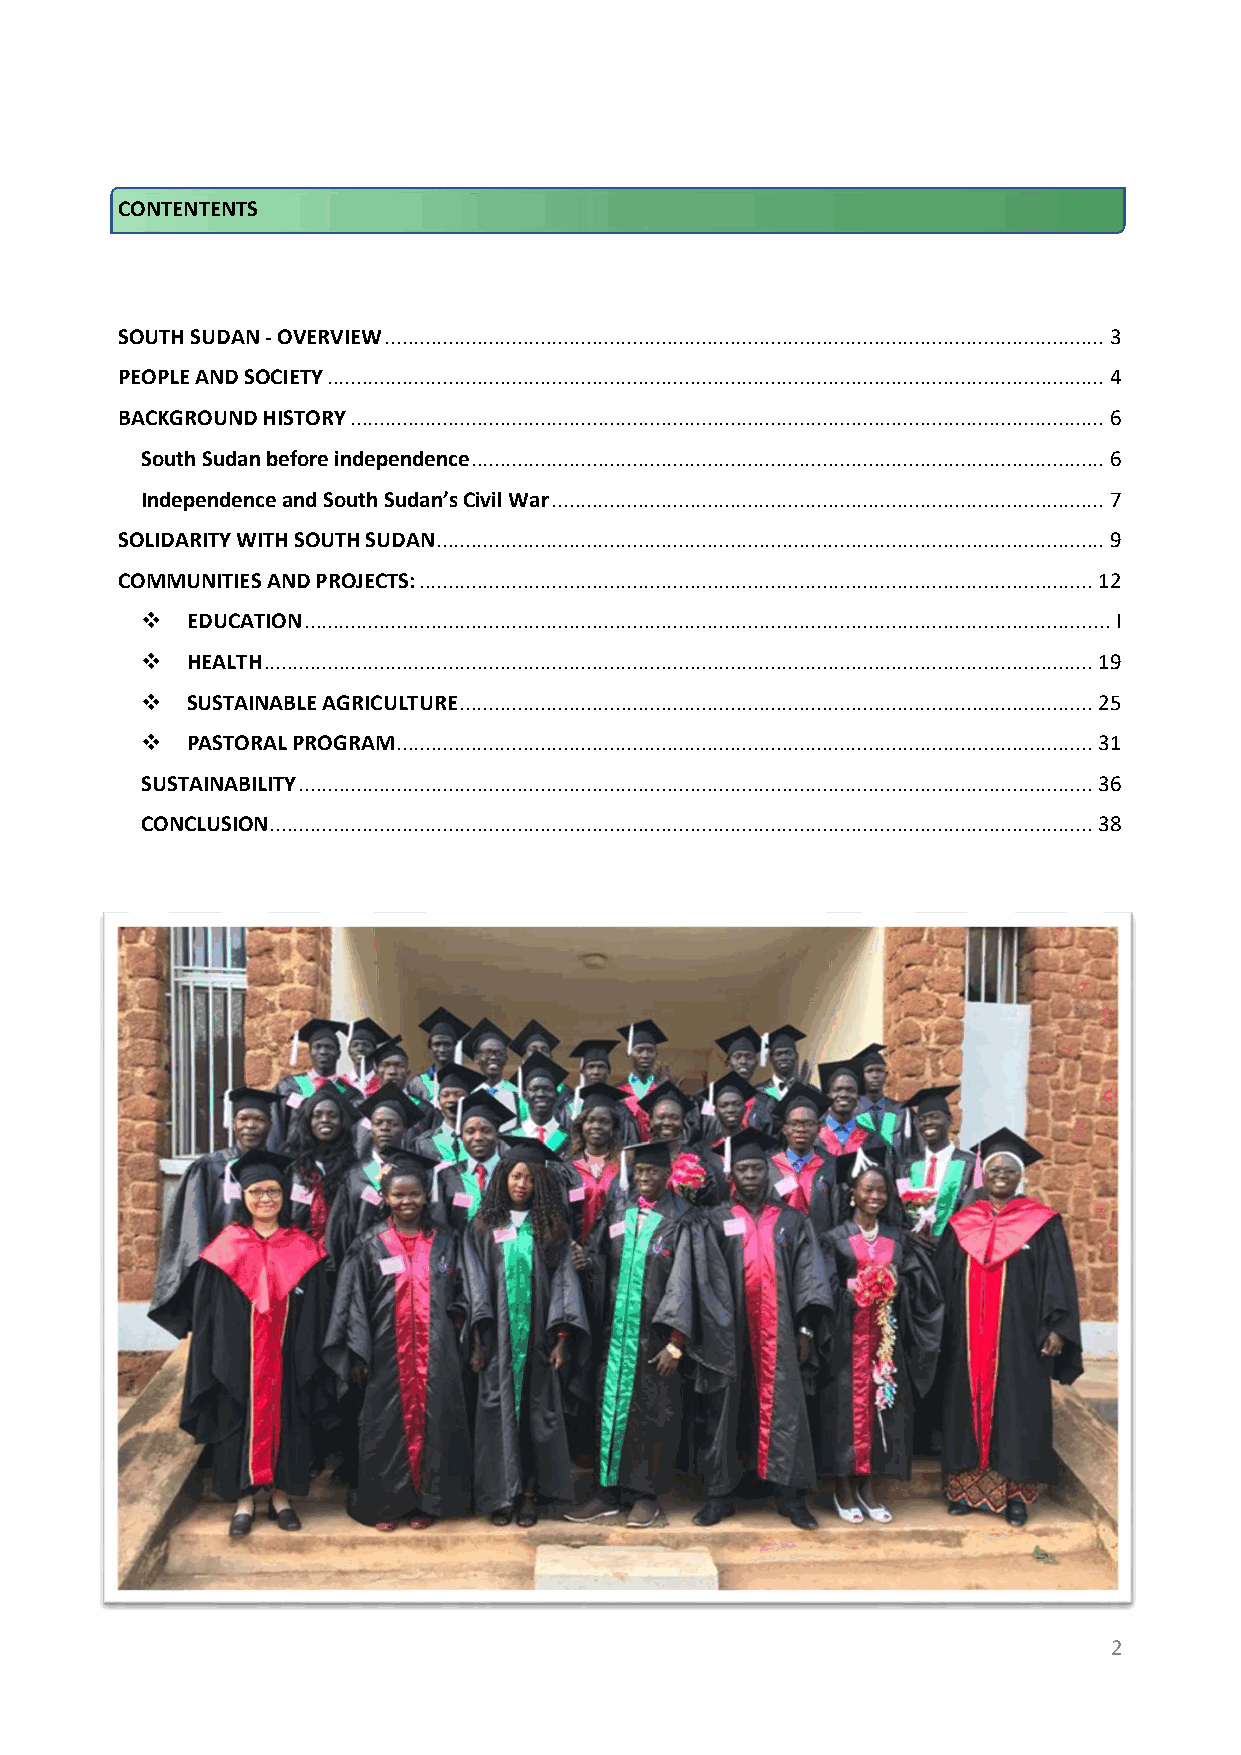
CONTENTENTS
 SOUTH SUDAN - OVERVIEW ............................................................................................................................. 3
 PEOPLE AND SOCIETY ....................................................................................................................................... 4
 BACKGROUND HISTORY ................................................................................................................................... 6
 South Sudan before independence .............................................................................................................. 6
 Independence and South Sudan’s Civil War ................................................................................................ 7
 SOLIDARITY WITH SOUTH SUDAN .................................................................................................................... 9
 COMMUNITIES AND PROJECTS: ..................................................................................................................... 12
   EDUCATION ............................................................................................................................................ I
   HEALTH ................................................................................................................................................ 19
   SUSTAINABLE AGRICULTURE .............................................................................................................. 25
   PASTORAL PROGRAM ......................................................................................................................... 31
 SUSTAINABILITY .......................................................................................................................................... 36
 CONCLUSION ............................................................................................................................................... 38
 2